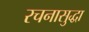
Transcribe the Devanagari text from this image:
रचनासुद्धा